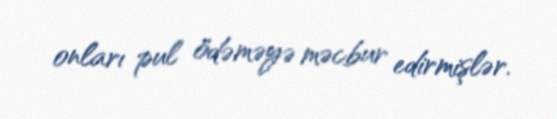
onları pul ödəməyə məcbur edirmişlər.